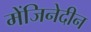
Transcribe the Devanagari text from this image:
मेंजिनेदीन